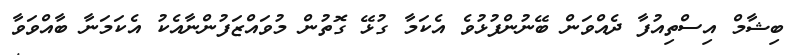
ބިޝާމް އިސްތިއުފާ ދެއްވަން ބޭނުންފުޅުވެ އެކަމާ ގުޅޭ ގޮތުން މުވައްޒަފުންނާއެކު އެކަމަނާ ބާއްވަވާ